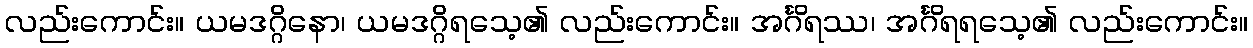
လည်းကောင်း။ ယမဒဂ္ဂိနော၊ ယမဒဂ္ဂိရသေ့၏ လည်းကောင်း။ အင်္ဂိရဿ၊ အင်္ဂိရရသေ့၏ လည်းကောင်း။